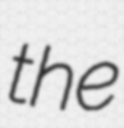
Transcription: the